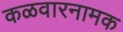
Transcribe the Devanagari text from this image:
कळवारनामक